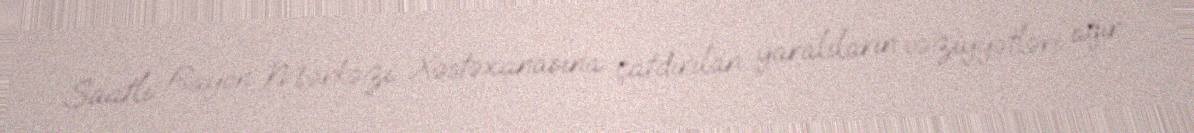
Saatlı Rayon Mərkəzi Xəstəxanasına çatdırılan yaralıların vəziyyətləri ağır